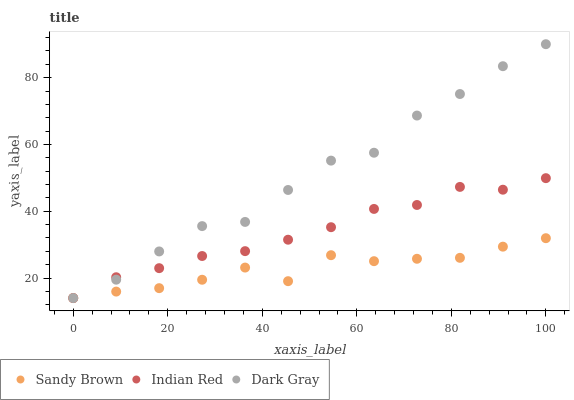
| xaxis_label | Sandy Brown | Indian Red | Dark Gray |
 | --- | --- | --- | --- |
 | 0 | 14 | 14 | 14 |
 | 9.09 | 15.9 | 20.2 | 19.5 |
 | 18.2 | 17 | 23 | 28 |
 | 27.3 | 19.5 | 26.6 | 35.6 |
 | 36.4 | 23.1 | 28.1 | 36.8 |
 | 45.5 | 19.1 | 31.5 | 46.4 |
 | 54.5 | 26.8 | 35.2 | 55.2 |
 | 63.6 | 25.1 | 40.7 | 57.5 |
 | 72.7 | 25.8 | 41.9 | 68.7 |
 | 81.8 | 26.1 | 47.3 | 75.1 |
 | 90.9 | 29.4 | 46.5 | 83.4 |
 | 100 | 31.9 | 49.9 | 90 |